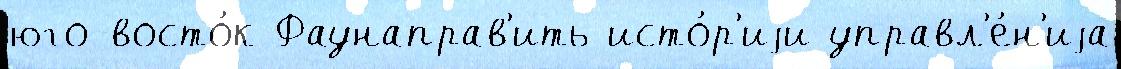
юго-восто́к Фаунаправ'ить исто́р'иjи управл'е́н'иjа